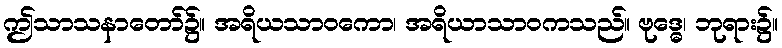
ဤသာသနာတော်၌။ အရိယသာဝကော၊ အရိယာသာဝကသည်။ ဗုဒ္ဓေ၊ ဘုရား၌။